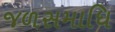
જળસમાધિ